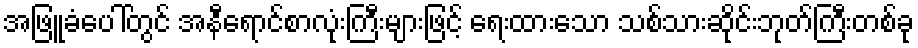
အဖြူခံပေါ်တွင် အနီရောင်စာလုံးကြီးများဖြင့် ရေးထားသော သစ်သားဆိုင်းဘုတ်ကြီးတစ်ခု